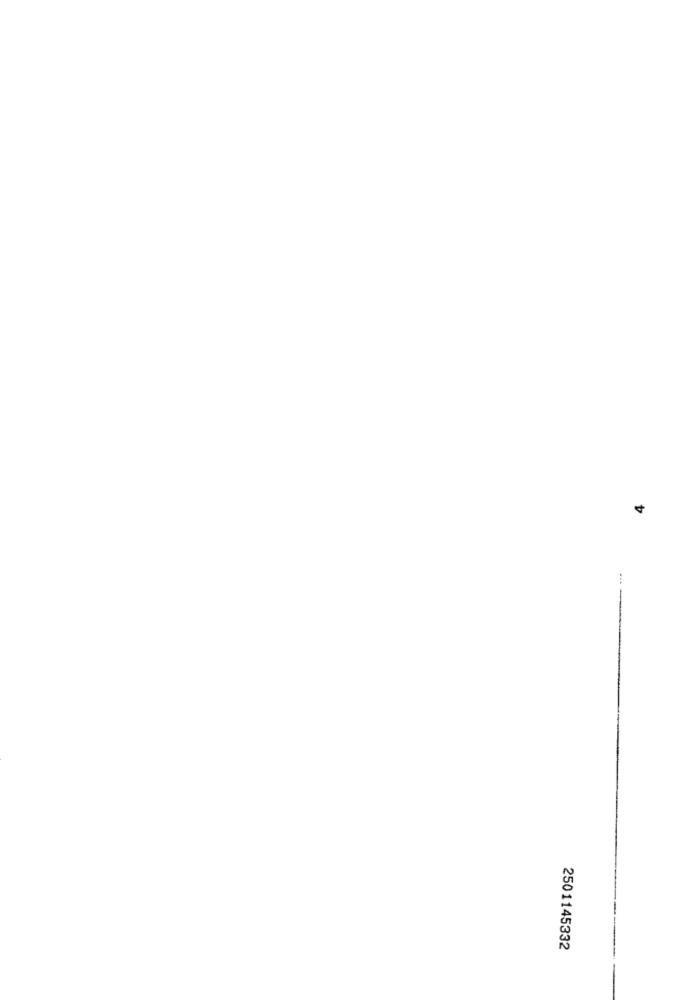
4
...
2501145332